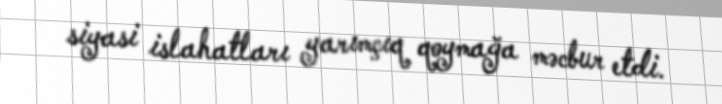
siyasi islahatları yarımçıq qoymağa məcbur etdi.